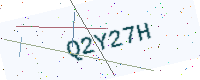
Text: Q2Y27H